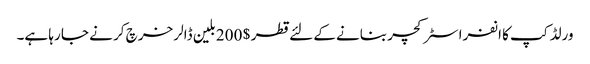
ورلڈ کپ کا انفرا سٹرکچر بنانے کے لئے قطر $ 200 بلین ڈالر خرچ کر نے جا رہا ہے۔